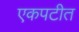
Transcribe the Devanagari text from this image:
एकपटीत